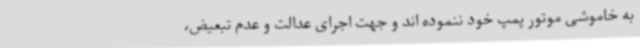
به خاموشی موتور پمپ خود ننموده اند و جهت اجرای عدالت و عدم تبعیض،